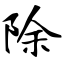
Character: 除